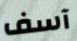
آسف